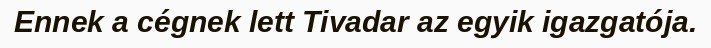
Ennek a cégnek lett Tivadar az egyik igazgatója.